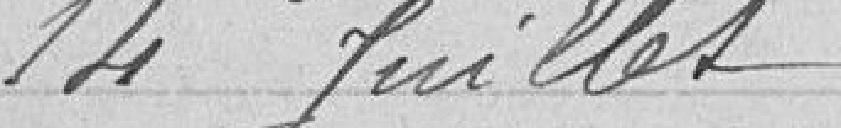
14 Juillet